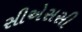
સીએસસી